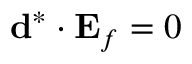
\ensuremath { \mathbf { d } } ^ { * } \cdot \ensuremath { \mathbf { E } _ { f } } = 0